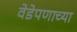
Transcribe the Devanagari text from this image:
वेडेपणाच्या